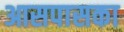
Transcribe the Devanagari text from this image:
आसपासका